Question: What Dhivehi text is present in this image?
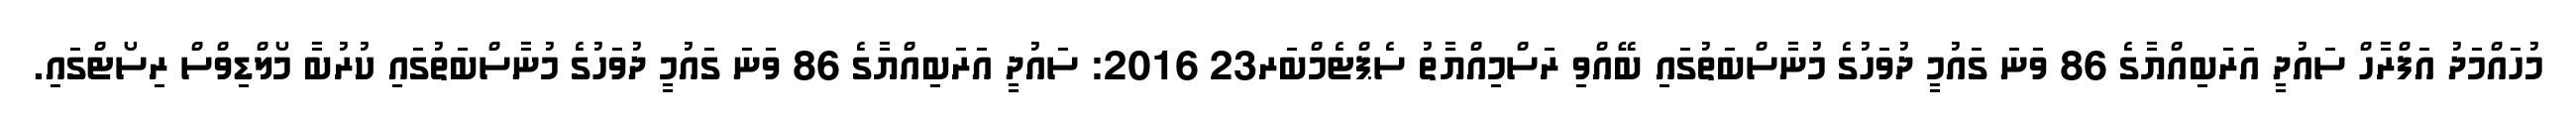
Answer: މުހައްމަދު އަފްރާހް ސައުދީ އަރަބިއްޔާގެ 86 ވަނަ ގައުމީ ދުވަހުގެ މުނާސްބަތުގައި ބޭއްވި ރަސްމިއްޔާތު ސެޕްޓެމްބަރ23 2016: ސައުދީ އަރަބިއްޔާގެ 86 ވަނަ ގައުމީ ދުވަހުގެ މުނާސްބަތުގައި ކުރުބާ މޯލްޑިވްސް ރިސޯޓްގައި.